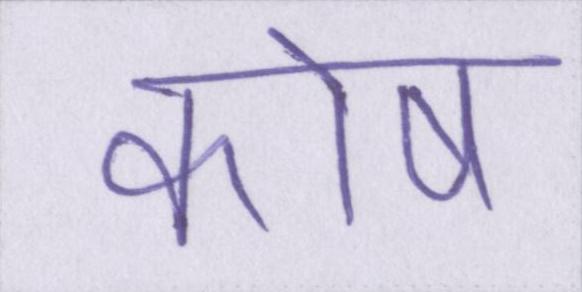
कोष